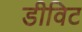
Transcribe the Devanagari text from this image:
डीविट